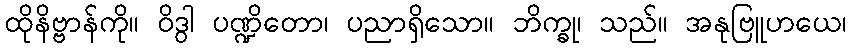
ထိုနိဗ္ဗာန်ကို။ ဝိဒွါ ပဏ္ဍိတော၊ ပညာရှိသော။ ဘိက္ခု၊ သည်။ အနုဗြူဟယေ၊